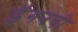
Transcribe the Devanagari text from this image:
ड्रॅगनची